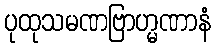
ပုထုသမဏဗြာဟ္မဏာနံ